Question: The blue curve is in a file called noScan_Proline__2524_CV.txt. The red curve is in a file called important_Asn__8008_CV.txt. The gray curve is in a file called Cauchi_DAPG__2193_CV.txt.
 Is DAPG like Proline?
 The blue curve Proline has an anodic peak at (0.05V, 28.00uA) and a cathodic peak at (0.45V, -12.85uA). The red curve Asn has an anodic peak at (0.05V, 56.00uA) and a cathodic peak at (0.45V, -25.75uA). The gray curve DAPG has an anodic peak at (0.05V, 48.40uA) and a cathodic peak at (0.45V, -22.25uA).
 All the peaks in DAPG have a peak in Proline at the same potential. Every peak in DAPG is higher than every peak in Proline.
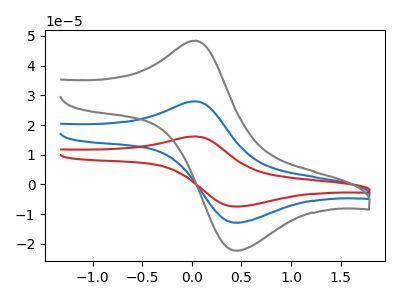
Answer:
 <answer>"DAPG" and "Proline" are similar in shape.</answer>
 <eval>same_shape</eval>